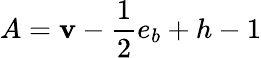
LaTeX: A=\mathbf{v}-{\frac{{1}}{{2}}}e_{b}+h-1